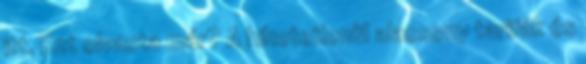
itt. Ezt olvasta már? A hihetetlenül alacsony tarifák és